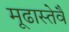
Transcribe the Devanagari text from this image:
मूढास्तेवै